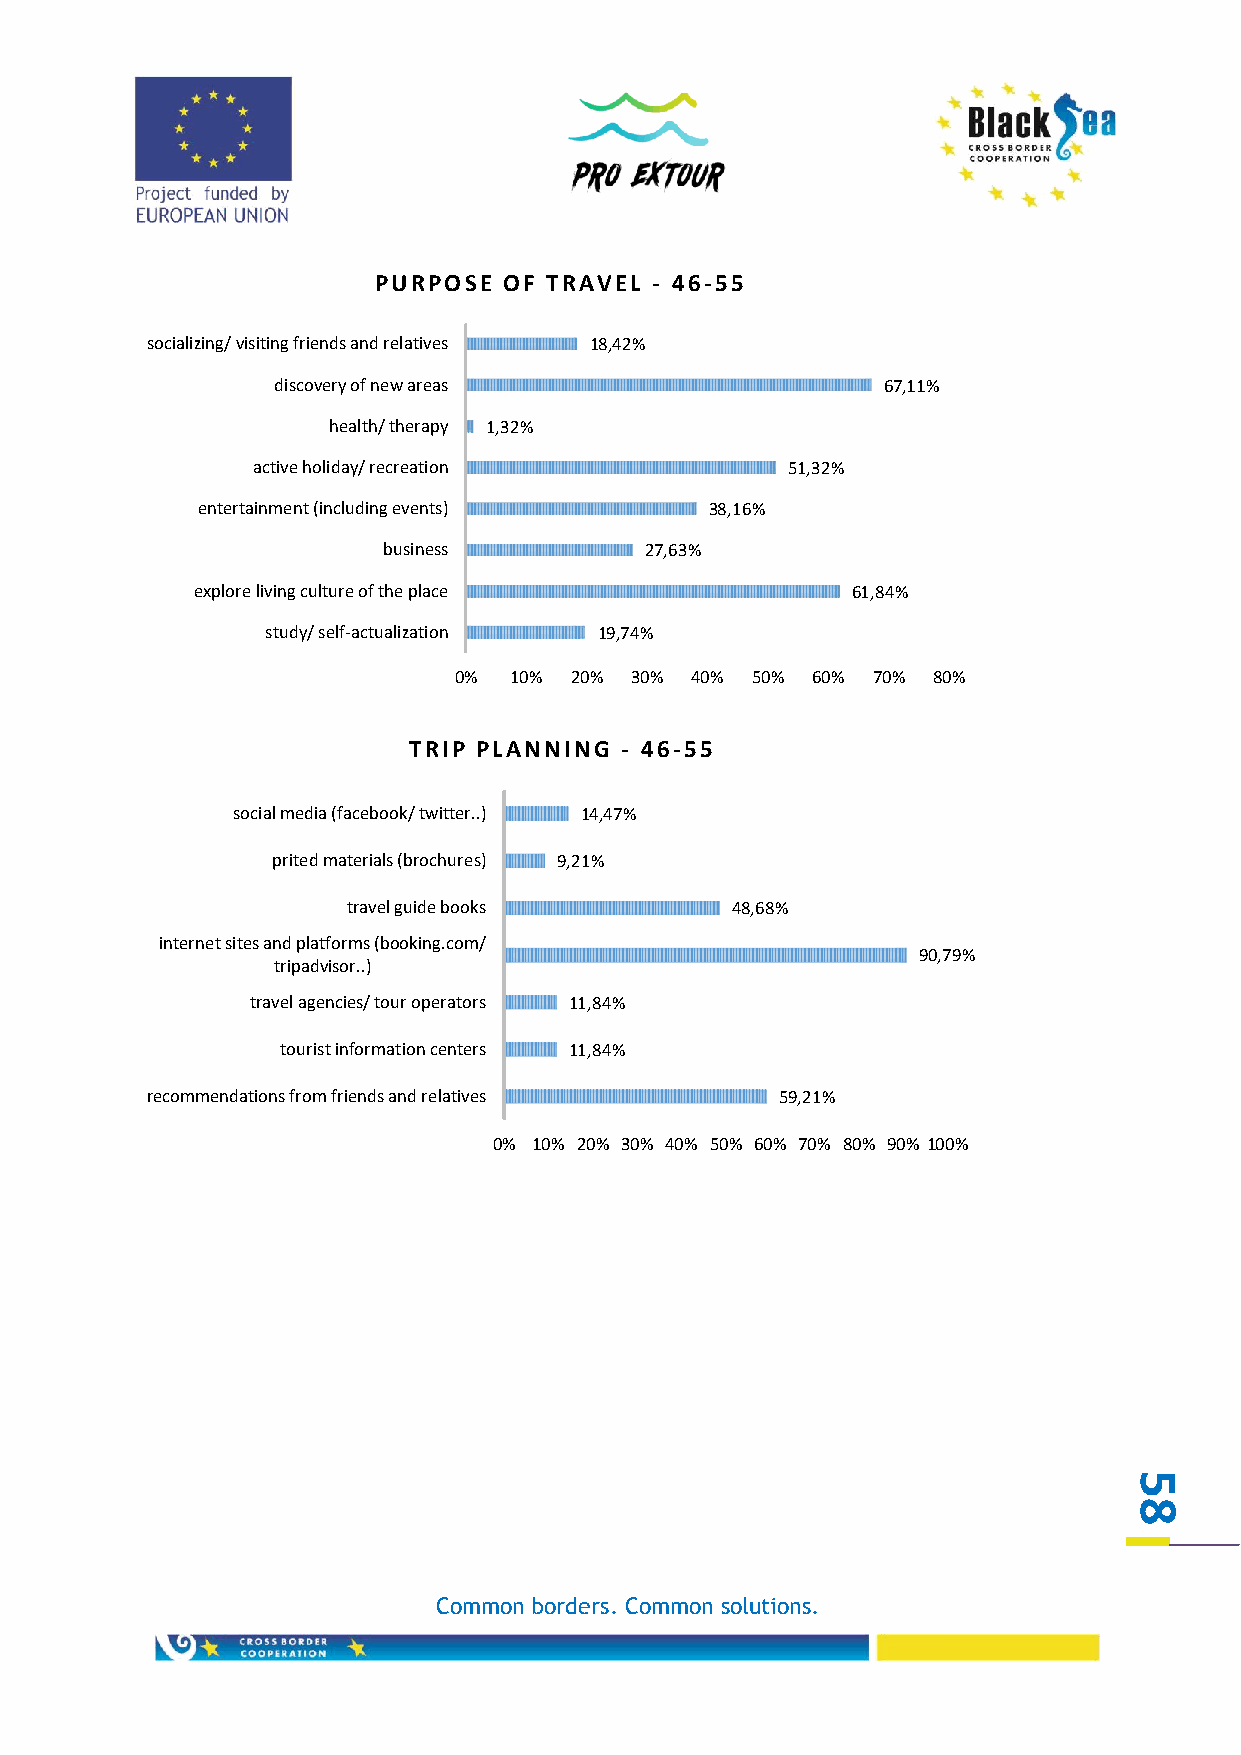
PURPOSE OF TRAVEL - 46-55
 socializing/ visiting friends and relatives 18,42%
 discovery of new areas                  67,11%
 health/ therapy 1,32%
 active holiday/ recreation         51,32%
 entertainment (including events)  38,16%
 business          27,63%
 explore living culture of the place        61,84%
 study/ self-actualization 19,74%
 0%  10% 20% 30% 40% 50% 60% 70% 80%
 TRIP PLANNING - 46-55
 social media (facebook/ twitter..) 14,47%
 prited materials (brochures) 9,21%
 travel guide books       48,68%
 internet sites and platforms (booking.com/
 90,79%
 tripadvisor..)
 travel agencies/ tour operators 11,84%
 tourist information centers 11,84%
 recommendations from friends and relatives 59,21%
 0% 10% 20% 30% 40% 50% 60% 70% 80% 90% 100%
 5
 8
 Common borders. Common solutions.